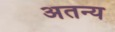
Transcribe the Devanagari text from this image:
अतन्य